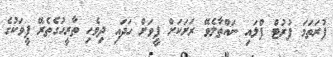
ފުރަތަމަ ފުރުޓް ފްލައި ނައްތާލެވޭ ރަށަކަށް ފީވަށް ހަދައި ދިވެހި ތާރީހުގެތެރޭ ފީވަކުގެ